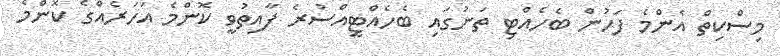
މިސްކިތް އެންމެ ފަހުން ބެހެއްޓި ތަނުގައި ބެހެއްޓީއްސުރެ ފާއިތުވީ ކޮންމެ އަހަރެއްގެ ކޮންމެ